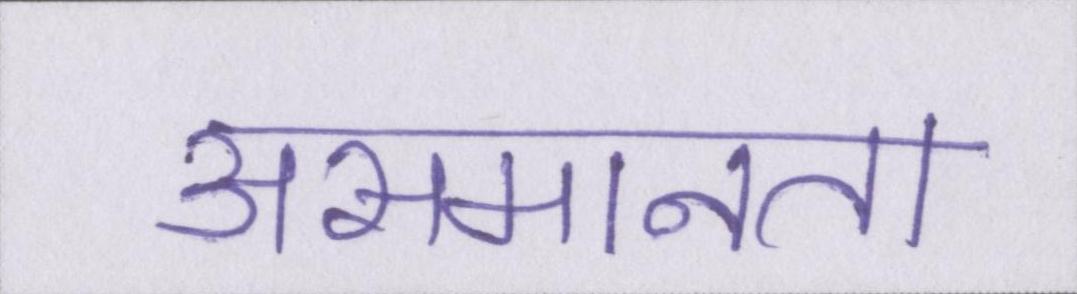
असमानता